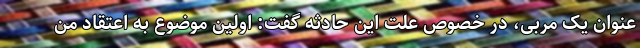
عنوان یک مربی، در خصوص علت این حادثه گفت: اولین موضوع به اعتقاد من